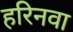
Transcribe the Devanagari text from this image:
हरिनवा